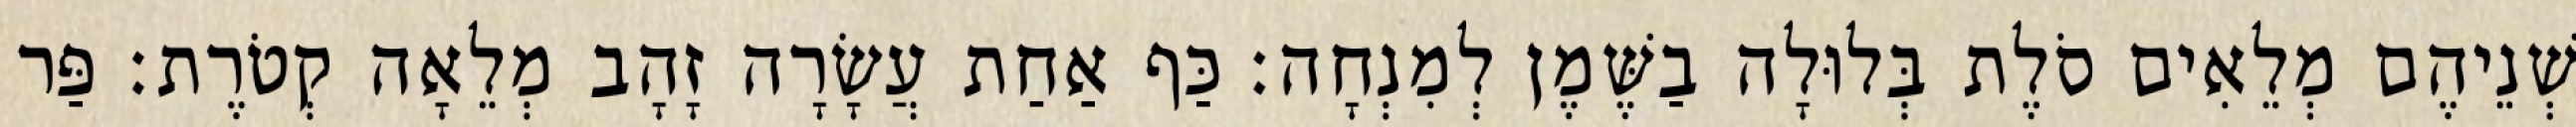
שְׁנֵיהֶם מְלֵאִים סֹלֶת בְּלוּלָה בַשֶּׁמֶן לְמִנְחָה׃ כַּף אַחַת עֲשָׂרָה זָהָב מְלֵאָה קְטֹרֶת׃ פַּר